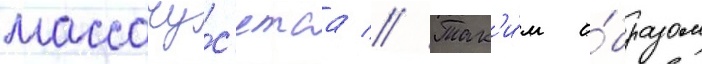
массачу́с'етса // Так'и́м о́бразом